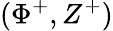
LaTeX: (\Phi^{+},Z^{+})